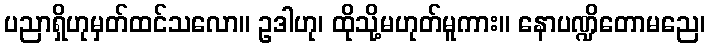
ပညာရှိဟုမှတ်ထင်သလော။ ဥဒါဟု၊ ထိုသို့မဟုတ်မူကား။ နောပဏ္ဍိတောမညေ၊